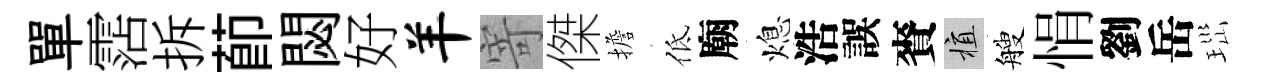
單霑拆莭閟好羊寄傑擔低廟熄浩誤賚植艘悁劉岳𤤼